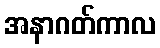
အနာဂတ်ကာလ